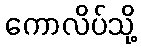
ကောလိပ်သို့